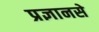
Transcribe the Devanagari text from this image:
प्रज्ञानसे